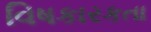
વિષકારકતા